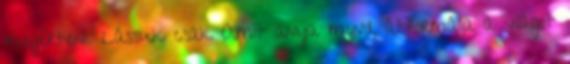
megérteni. Lássuk csak Amit anya mond, átformálja a világot